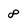
Character: 8